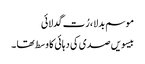
موسم بدلا ، رُت گدلائی
بیسویں صدی کی دہائی کا وسط تھا ۔